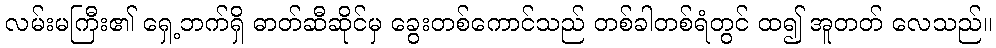
လမ်းမကြီး၏ ရှေ့ဘက်ရှိ ဓာတ်ဆီဆိုင်မှ ခွေးတစ်ကောင်သည် တစ်ခါတစ်ရံတွင် ထ၍ အူတတ် လေသည်။